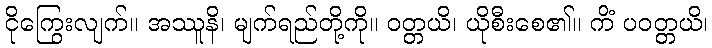
ငိုကြွေးလျက်။ အဿူနိ၊ မျက်ရည်တို့ကို။ ဝတ္တယိ၊ ယိုစီးစေ၏။ ကိံ ပဝတ္တယိ၊